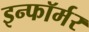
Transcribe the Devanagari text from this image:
इन्फॉर्मर